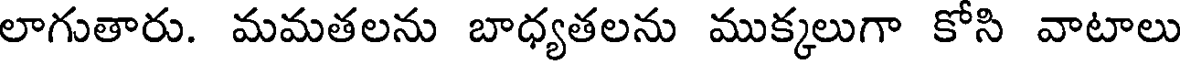
లాగుతారు. మమతలను బాధ్యతలను ముక్కలుగా కోసి వాటాలు